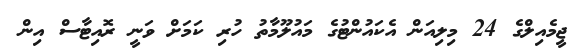
ޖީމެއިލްގެ 24 މިލިއަން އެކައުންޓުގެ މައުލޫމާތު ހުރި ކަމަށް ވަނީ ރޮއިޓާސް އިިން